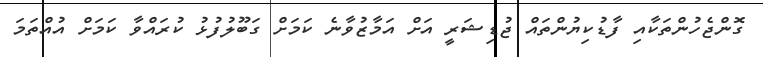
ގޮންޖެހުންތަކާއި ފާޑުކިޔުންތައް ޖުޑިޝަރީ އަށް އަމާޒުވާނެ ކަމަށް ގަބޫލުފުޅު ކުރައްވާ ކަމަށް އުއްތަމަ